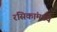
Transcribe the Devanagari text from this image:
रसिकांमध्ये